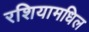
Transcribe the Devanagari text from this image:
रशियामधिल